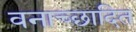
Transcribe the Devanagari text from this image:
वनाच्‍छादित